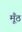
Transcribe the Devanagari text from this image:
मूँठ